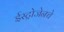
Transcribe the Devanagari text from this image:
ईस्ट्रोजेनचे